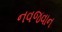
નવજવાન